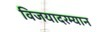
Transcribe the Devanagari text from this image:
विजयादरम्यान